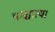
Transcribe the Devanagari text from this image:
पाश्चात्य।